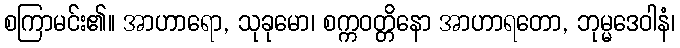
စကြာမင်း၏။ အာဟာရော, သုခုမော၊ စက္ကဝတ္တိနော အာဟာရတော, ဘုမ္မဒေဝါနံ၊